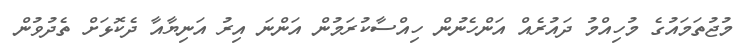
މުޖުތަމައުގެ މުހިއްމު ދައުރެއް އަންހެނުން ހިއްސާކުރަމުން އަންނަ އިރު އަނިޔާއާ ދެކޮޅަށް ތެދުވުން